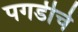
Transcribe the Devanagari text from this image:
पगडीचे